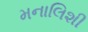
મનાલિશી